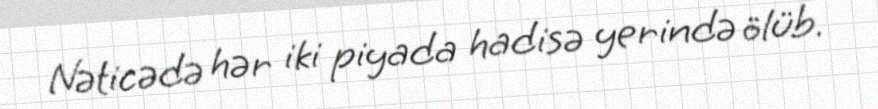
Nəticədə hər iki piyada hadisə yerində ölüb.